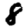
Digit: 8